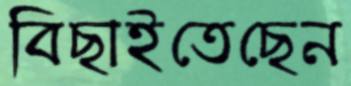
বিছাইতেছেন